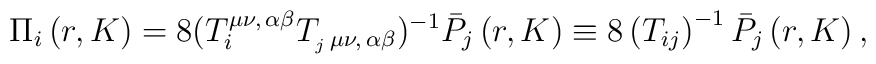
\Pi _i\left( r,K\right) =8(T_i^{\mu \nu ,\,\alpha \beta}T_{_j\,\mu \nu ,\,\alpha \beta })^{-1}\bar P_j\left( r,K\right) \equiv8\left( T_{ij}\right) ^{-1}\bar P_j\left(r,K\right),